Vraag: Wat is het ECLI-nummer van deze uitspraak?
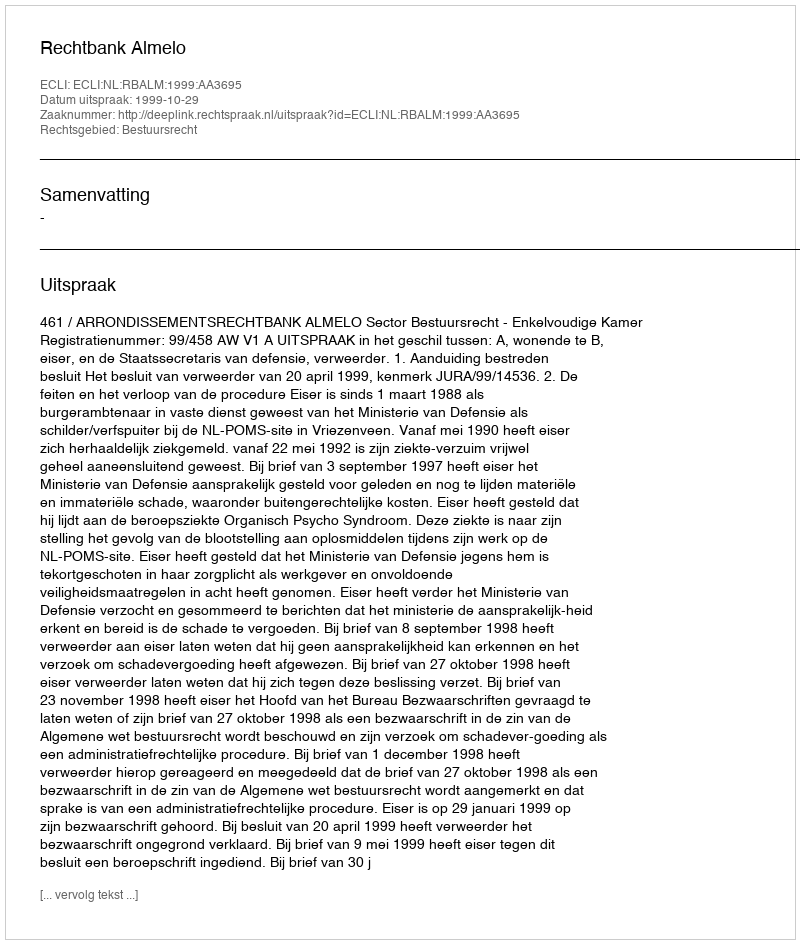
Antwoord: ECLI:NL:RBALM:1999:AA3695